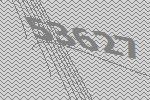
53627